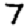
Digit: 7